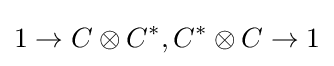
1\rightarrow C\otimes C^{*},C^{*}\otimes C\rightarrow 1